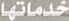
خدماتها